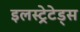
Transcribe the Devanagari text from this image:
इलस्ट्रेटेड्स